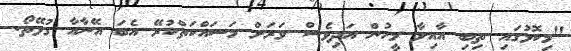
"މިކޮޅުގައި ތިބި އާއިލާ މީހުން އަދިވެސް ވަރަށް މަސައްކަތްކުރޭ އެބަ އޭނާއާ ގުޅޭތޯ.